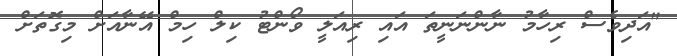
"އަދިވެސް ރިހާމު ނާންނަނީތަ އައި ރިއަލީ ވޯންޓު ކިލް ހިމް އޭނާއަށް މިގޮތަށް